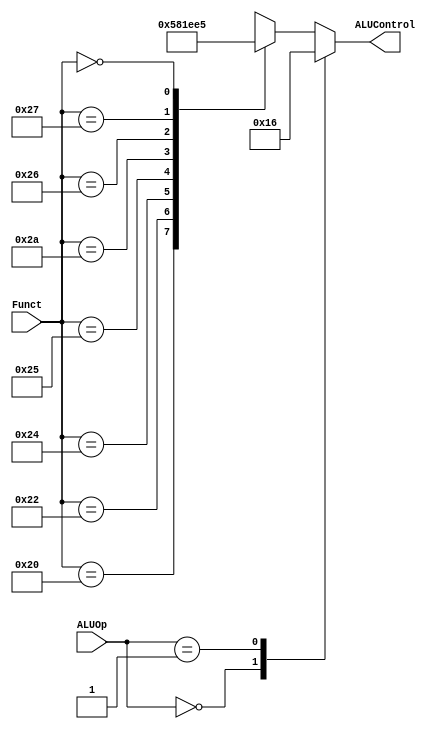
module ALUDec(
    input [5:0] Funct,
    input [1:0] ALUOp,
    output reg [2:0] ALUControl);
    
    always @(*)
        case(ALUOp)
            2'b00:ALUControl <= 3'b010;// add for lw/sw/addi
            2'b01:ALUControl <= 3'b110;//sub for beq
            default: case(Funct)
                6'b100000: ALUControl <=3'b010; //add 2
                6'b100010: ALUControl <=3'b110; //sub 6
                6'b100100: ALUControl <=3'b000; //and 0
                6'b100101: ALUControl <=3'b001; //or 1
                6'b101010: ALUControl <=3'b111; //slt,cmp 7
                6'b100110: ALUControl <=3'b011; //xor 3
                6'b100111: ALUControl <=3'b100; //nor 4 
                6'b000000: ALUControl <=3'b101; //sll 5 
                default:   ALUControl <=3'bxxx; //no idea 
            endcase
        endcase
endmodule